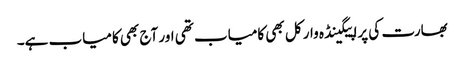
بھارت کی پراپیگینڈہ وار کل بھی کامیاب تھی اور آج بھی کامیاب ہے۔